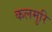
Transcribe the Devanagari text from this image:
कलमुरि